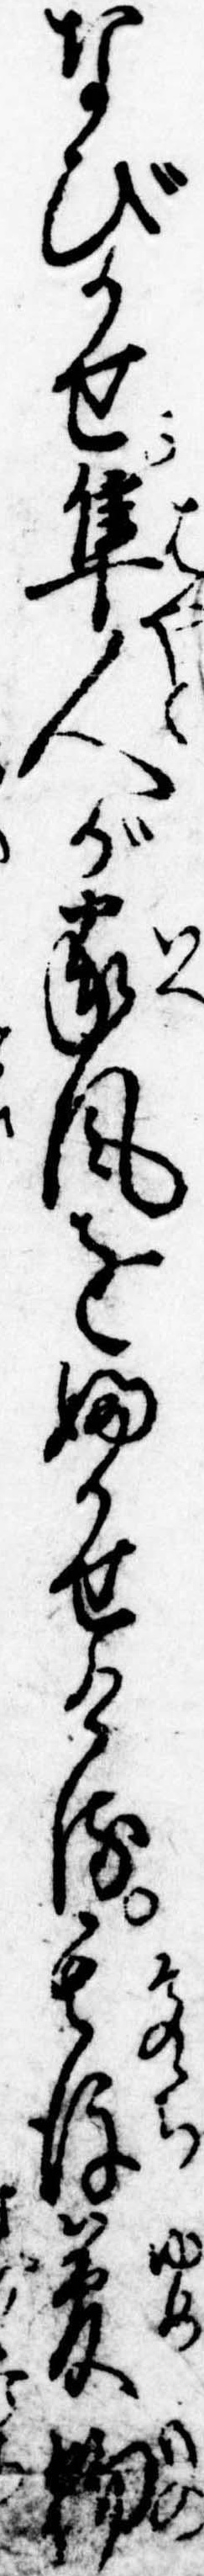
なびかせ隼人が家風をふかせける其後夢物